Report of the Indian Hemp Drugs Commission, 1894-1895 - Volume I
Year: 1894
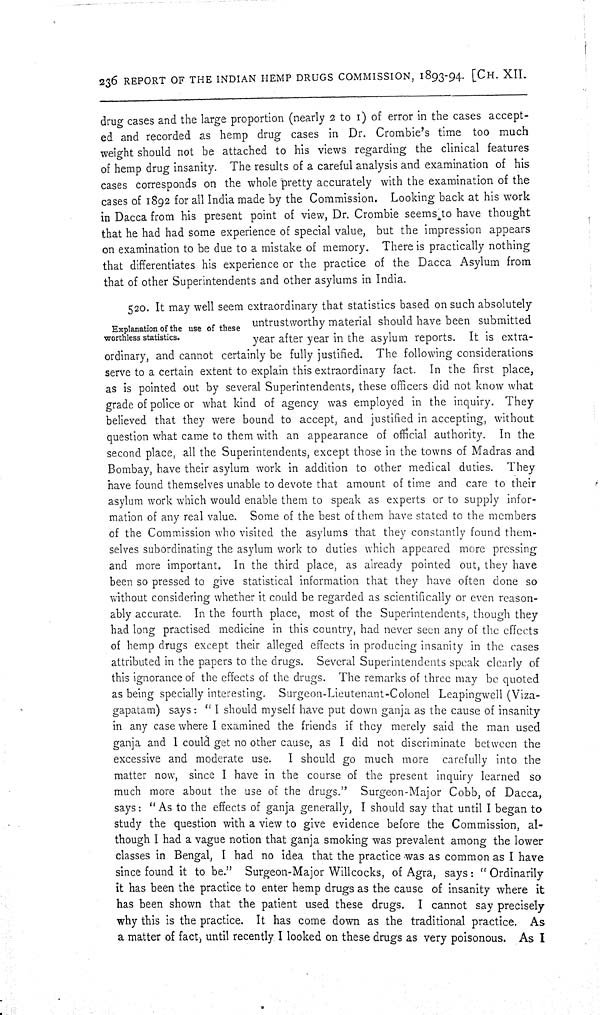
236 REPORT OF THE INDIAN HEMP DRUGS COMMISSION, 1893-94. [CH. XII.
drug cases and the large proportion (nearly 2 to 1) of error in the cases accept-
ed and recorded as hemp drug cases in Dr. Crombie's time too much
weight should not be attached to his views regarding the clinical features
of hemp drug insanity. The results of a careful analysis and examination of his
cases corresponds on the whole pretty accurately with the examination of the
cases of 1892 for all India made by the Commission. Looking back at his work
in Dacca from his present point of view, Dr. Crombie seems to have thought
that he had had some experience of special value, but the impression appears
on examination to be due to a mistake of memory. There is practically nothing
that differentiates his experience or the practice of the Dacca Asylum from
that of other Superintendents and other asylums in India.
Explanation of the use of these
worthless statistics.
520. It may well seem extraordinary that statistics based on such absolutely
untrustworthy material should have been submitted
year after year in the asylum reports. It is extra-
ordinary, and cannot certainly be fully justified. The following considerations
serve to a certain extent to explain this extraordinary fact. In the first place,
as is pointed out by several Superintendents, these officers did not know what
grade of police or what kind of agency was employed in the inquiry. They
believed that they were bound to accept, and justified in accepting, without
question what came to them with an appearance of official authority. In the
second place, all the Superintendents, except those in the towns of Madras and
Bombay, have their asylum work in addition to other medical duties. They
have found themselves unable to devote that amount of time and care to their
asylum work which would enable them to speak as experts or to supply infor-
mation of any real value. Some of the best of them have stated to the members
of the Commission who visited the asylums that they constantly found them-
selves subordinating the asylum work to duties which appeared more pressing
and more important. In the third place, as already pointed out, they have
been so pressed to give statistical information that they have often done so
without considering whether it could be regarded as scientifically or even reason-
ably accurate. In the fourth place, most of the Superintendents, though they
had long practised medicine in this country, had never seen any of the effects
of hemp drugs except their alleged effects in producing insanity in the cases
attributed in the papers to the drugs. Several Superintendents speak clearly of
this ignorance of the effects of the drugs. The remarks of three may be quoted
as being specially interesting. Surgeon-Lieutenant-Colonel Leapingwell (Viza-
gapatam) says: "I should myself have put down ganja as the cause of insanity
in any case where I examined the friends if they merely said the man used
ganja and I could get no other cause, as I did not discriminate between the
excessive and moderate use. I should go much more carefully into the
matter now, since I have in the course of the present inquiry learned so
much more about the use of the drugs." Surgeon-Major Cobb, of Dacca,
says: "As to the effects of ganja generally, I should say that until I began to
study the question with a view to give evidence before the Commission, al-
though I had a vague notion that ganja smoking was prevalent among the lower
classes in Bengal, I had no idea that the practice was as common as I have
since found it to be." Surgeon-Major Willcocks, of Agra, says: "Ordinarily
it has been the practice to enter hemp drugs as the cause of insanity where it
has been shown that the patient used these drugs. I cannot say precisely
why this is the practice. It has come down as the traditional practice. As
a matter of fact, until recently I looked on these drugs as very poisonous. As I